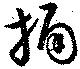
桶